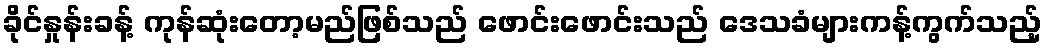
ခိုင်နှုန်းခန့် ကုန်ဆုံးတော့မည်ဖြစ်သည် ဖောင်းဖောင်းသည် ဒေသခံများကန့်ကွက်သည့်